Civil Veterinary Department Bihar & Orissa reports 1922-29 - 1922-1929
Year: 1922
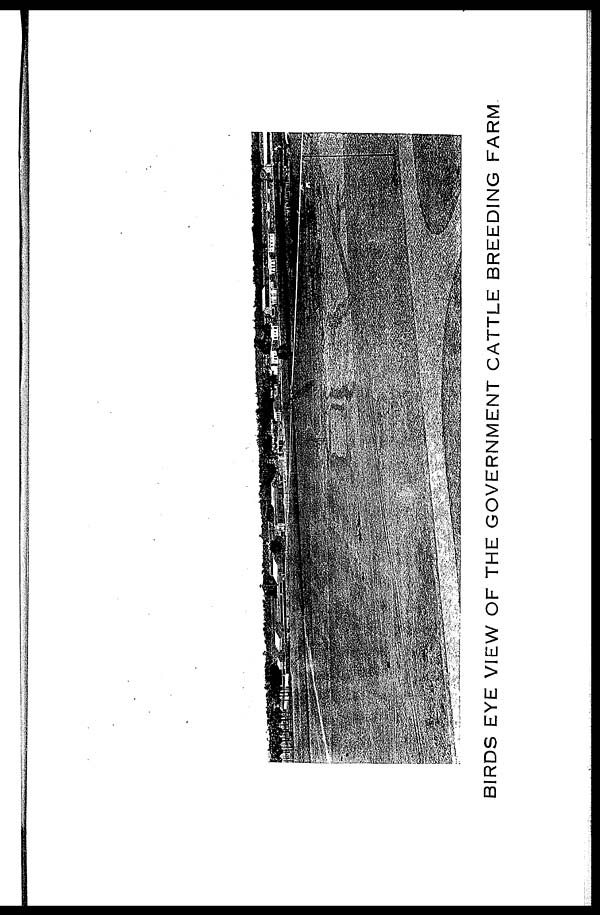
BIRDS EYE VIEW OF THE GOVERNMENT CATTLE BREEDING FARM